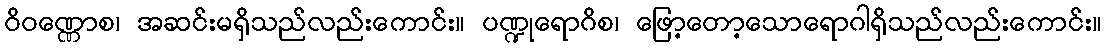
ဝိဝဏ္ဏောစ၊ အဆင်းမရှိသည်လည်းကောင်း။ ပဏ္ဍုရောဂိစ၊ ဖြော့တော့သောရောဂါရှိသည်လည်းကောင်း။